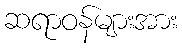
ဆရာဝန်များအား